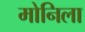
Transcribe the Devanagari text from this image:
मोनिला